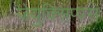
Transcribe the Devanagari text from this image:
ज़ेयुक्सिप्पस